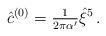
\begin{align*}{\hat c}^{(0)} = {\textstyle\frac{1}{2\pi \alpha^\prime}}\hat{\xi}^{5}\, .\end{align*}